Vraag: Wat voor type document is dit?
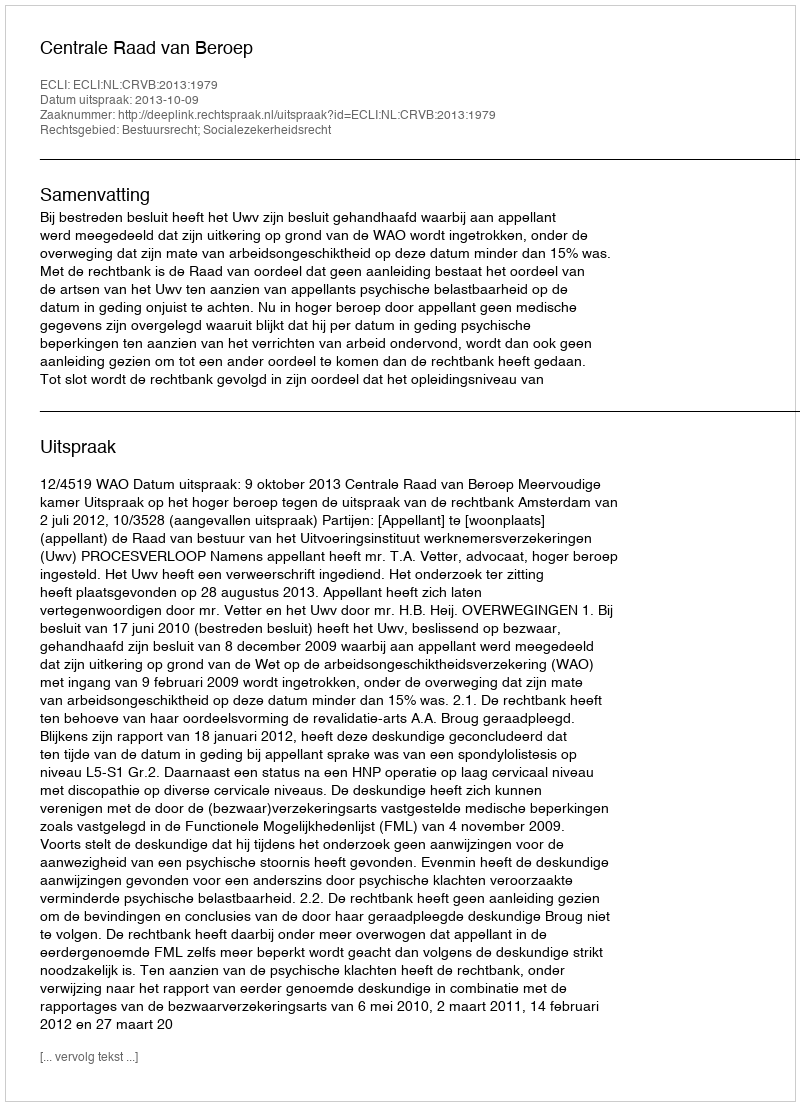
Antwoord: Uitspraak